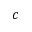
\boldsymbol { c }